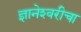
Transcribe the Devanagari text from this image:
ज्ञानेश्‍वरीचा